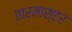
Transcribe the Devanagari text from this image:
तारमास्टर